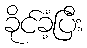
ခိုင်ခံ့ပြီး